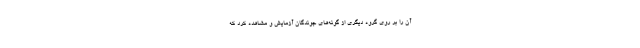
آن را بر روی گروه دیگری از گونه‌های جوندگان آزمایش و مشاهده کرد که